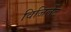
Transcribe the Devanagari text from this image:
विजिलेंट